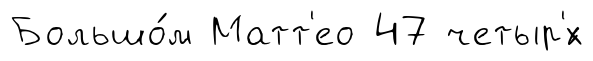
Большо́м Матт'ео 47 четыр'́х